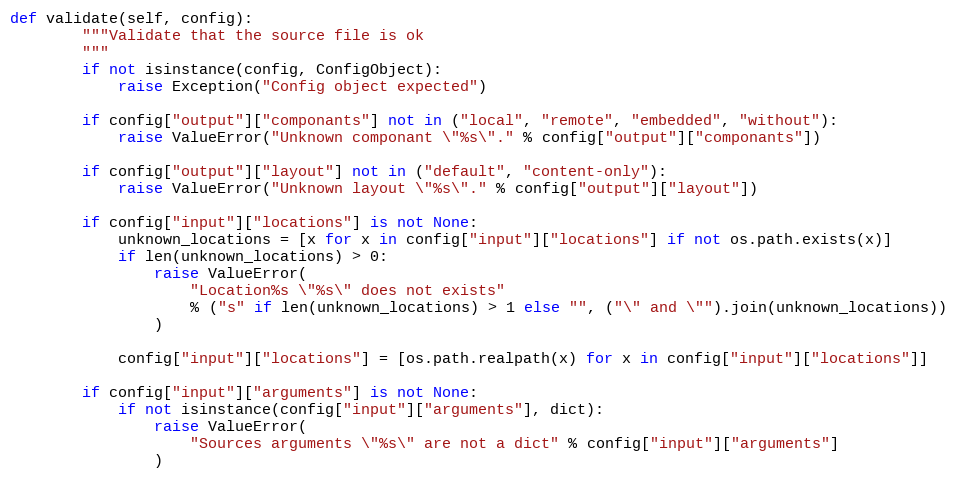
Language: Python
def validate(self, config):
        """Validate that the source file is ok
        """
        if not isinstance(config, ConfigObject):
            raise Exception("Config object expected")

        if config["output"]["componants"] not in ("local", "remote", "embedded", "without"):
            raise ValueError("Unknown componant \"%s\"." % config["output"]["componants"])

        if config["output"]["layout"] not in ("default", "content-only"):
            raise ValueError("Unknown layout \"%s\"." % config["output"]["layout"])

        if config["input"]["locations"] is not None:
            unknown_locations = [x for x in config["input"]["locations"] if not os.path.exists(x)]
            if len(unknown_locations) > 0:
                raise ValueError(
                    "Location%s \"%s\" does not exists"
                    % ("s" if len(unknown_locations) > 1 else "", ("\" and \"").join(unknown_locations))
                )

            config["input"]["locations"] = [os.path.realpath(x) for x in config["input"]["locations"]]

        if config["input"]["arguments"] is not None:
            if not isinstance(config["input"]["arguments"], dict):
                raise ValueError(
                    "Sources arguments \"%s\" are not a dict" % config["input"]["arguments"]
                )